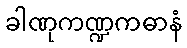
ခါဏုကဏ္ဍကဓာနံ